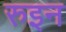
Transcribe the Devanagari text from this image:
रुइन